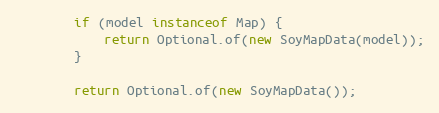
Language: Java
        if (model instanceof Map) {
            return Optional.of(new SoyMapData(model));
        }

        return Optional.of(new SoyMapData());